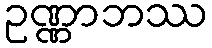
ဥဏ္ဏာဘဿ